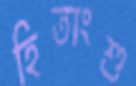
হিতাংশু